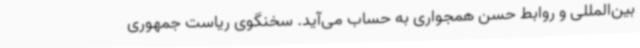
بین‌المللی و روابط حسن همجواری به حساب می‌آید. سخنگوی ریاست جمهوری